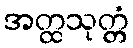
အတ္ထသုတ္တံ